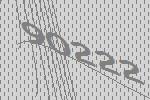
90222